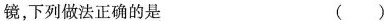
镜，下列做法正确的是 ()